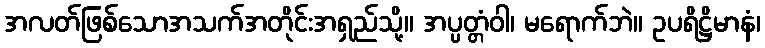
အလတ်ဖြစ်သောအသက်အတိုင်းအရှည်သို့။ အပ္ပတ္တံဝါ၊ မရောက်ဘဲ။ ဥပရိဋ္ဌိမာနံ၊